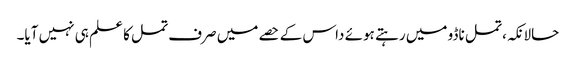
حالانکہ، تمل ناڈو میں رہتے ہوئے داس کے حصے میں صرف تمل کا علم ہی نہیں آیا۔